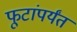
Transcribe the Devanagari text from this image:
फूटांपर्यंत